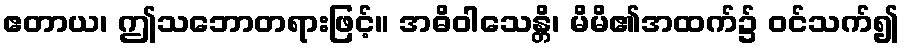
ဧတာယ၊ ဤသဘောတရားဖြင့်။ အဓိဝါသေန္တိ၊ မိမိ၏အထက်၌ ဝင်သက်၍